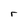
Character: r